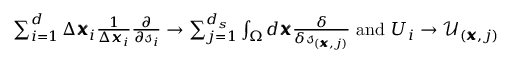
\begin{array} { r } { \sum _ { i = 1 } ^ { d } \Delta \pmb { x } _ { i } \frac { 1 } { \Delta \pmb { x } _ { i } } \frac { \partial } { \partial \mathscr { s } _ { i } } \rightarrow \sum _ { j = 1 } ^ { d _ { s } } \int _ { \Omega } d \pmb { x } \frac { \delta } { \delta \mathscr { s } _ { ( \pmb { x } , j ) } } \mathrm { ~ a n d ~ } U _ { i } \rightarrow \mathcal { U } _ { ( \pmb { x } , j ) } } \end{array}